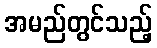
အမည်တွင်သည့်